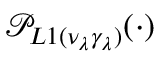
\mathcal { P } _ { L 1 ( \nu _ { \lambda } \gamma _ { \lambda } ) } ( \cdot )